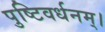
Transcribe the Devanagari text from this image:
पुष्टिवर्धनम्।